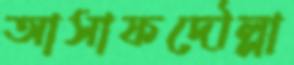
আসাফদৌল্লা